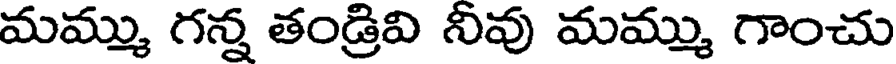
మమ్ము గన్న తండ్రివి నివు మమ్ము గాంచు